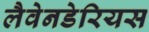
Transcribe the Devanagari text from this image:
लैवेनडेरियस